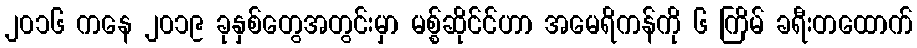
၂၀၁၆ ကနေ ၂၀၁၉ ခုနှစ်တွေအတွင်းမှာ မစ္စ်ဆိုင်င်ဟာ အမေရိကန်ကို ၆ ကြိမ် ခရီးတထောက်